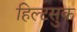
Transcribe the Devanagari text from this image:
हिल्टसुक